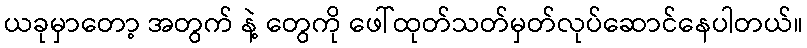
ယခုမှာတော့ အတွက် နဲ့ တွေကို ဖေါ်ထုတ်သတ်မှတ်လုပ်ဆောင်နေပါတယ်။